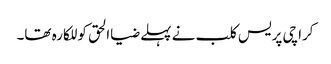
کراچی پریس کلب نے پہلے ضیاالحق کو للکارہ تھا۔